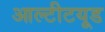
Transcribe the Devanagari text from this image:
आल्टीटयूड